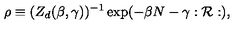
\rho \equiv ( Z _ { d } ( \beta , \gamma ) ) ^ { - 1 } \exp ( - \beta N - \gamma : { \cal R } : ) ,